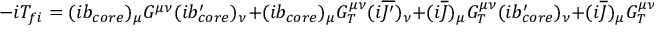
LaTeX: - i T _ { f i } = ( i b _ { c o r e } ) _ { \mu } G ^ { \mu \nu } ( i b _ { c o r e } ^ { \prime } ) _ { \nu } + ( i b _ { c o r e } ) _ { \mu } G _ { T } ^ { \mu \nu } ( i \overline { { { J ^ { \prime } } } } ) _ { \nu } + ( i \overline { { J } } ) _ { \mu } G _ { T } ^ { \mu \nu } ( i b _ { c o r e } ^ { \prime } ) _ { \nu } + ( i \overline { { J } } ) _ { \mu } G _ { T } ^ { \mu \nu } ( i \overline { { { J ^ { \prime } } } } ) _ { \nu } ,